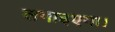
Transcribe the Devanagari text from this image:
लगाइएगा।